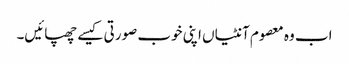
اب وہ معصوم آنٹیاں اپنی خوب صورتی کیسے چھپائیں۔